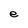
Character: e